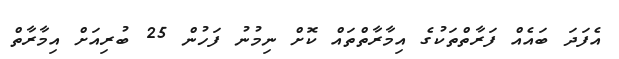
އެފަދަ ބައެއް ފަރާތްތަކުގެ އިމާރާތްތައް ކޮށް ނިމުނު ފަހުން 25 ބުރިއަށް އިމާރާތް